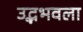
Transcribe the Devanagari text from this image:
उद्भभवला